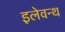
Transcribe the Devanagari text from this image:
इलेवन्थ